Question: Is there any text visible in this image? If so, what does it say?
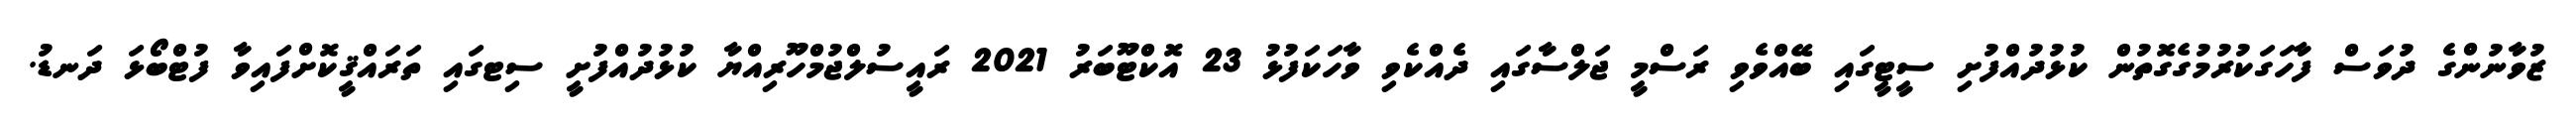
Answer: ޒުވާނުންގެ ދުވަސް ފާހަގަކުރުމުގެގޮތުން ކުޅުދުއްފުށި ސީޓީގައި ބޭއްވެވި ރަސްމީ ޖަލްސާގައި ދެއްކެވި ވާހަކަފުޅު 23 އޮކްޓޫބަރު 2021 ރައީސުލްޖުމްހޫރިއްޔާ ކުޅުދުއްފުށީ ސިޓގައި ތަރައްޤީކޮށްފައިވާ ފުޓްބޯޅަ ދަނޑު.